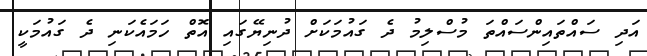
އަދި ސައްތައިންސައްތަ މުސްލިމު ދެ ގައުމަކަށް ދުނިޔޭގައި އޮތް ހަމައެކަނި ދެ ގައުމަކީ